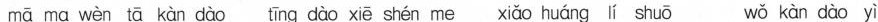
mā ma wèn tā kàn dào tīng dào xiē shén me xiǎo huáng lí shuō wǒ kàn dào yì